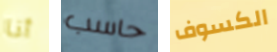
أنا حاسب الكسوف